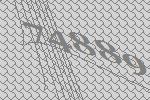
74889